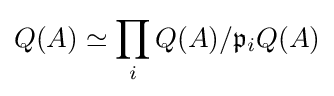
Q(A)\simeq \prod _{i}Q(A)/{\mathfrak {p}}_{i}Q(A)